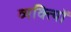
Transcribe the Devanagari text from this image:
व्यक्त्याेिं